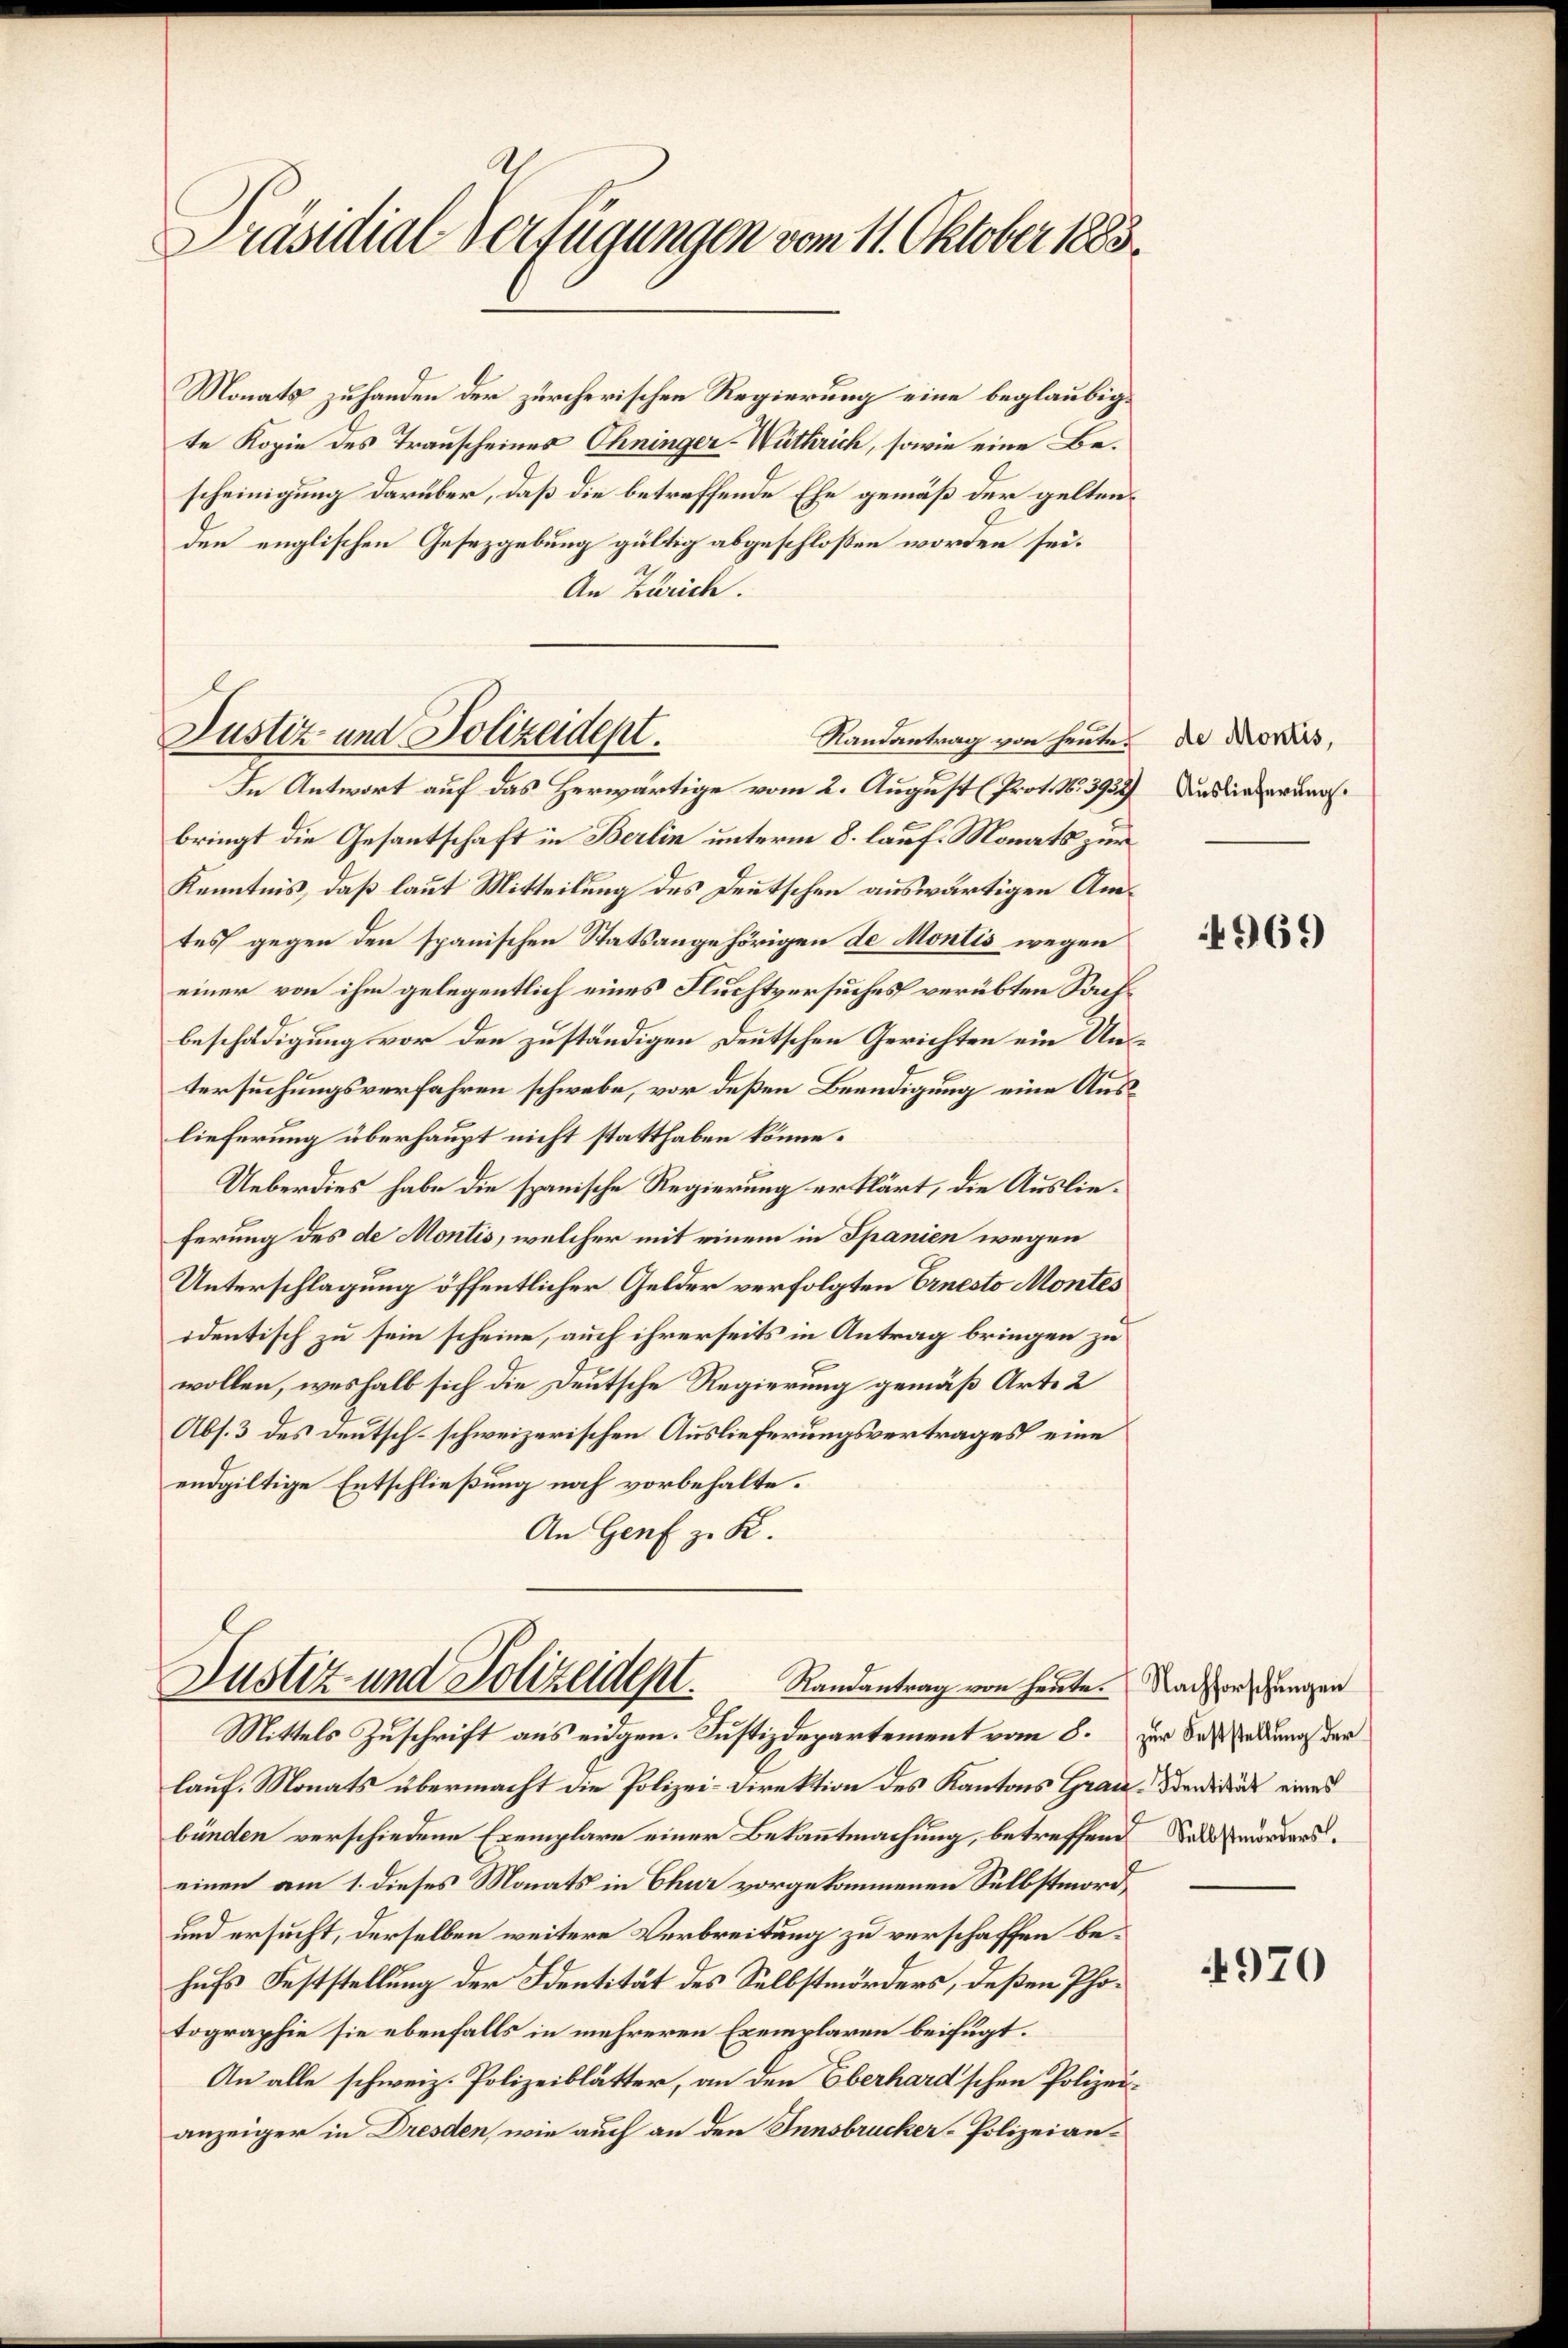
Präsidial-Verfügungen vom 11. Oktober 1883.

Monats zuhanden der zürcherischen Regierung eine beglaubig.
te Kopie des Trauscheines Ohninger-Wüthrich, sowie eine Bescheinigung darüber, daß die betreffende Ehe gemäß der geltenden englischen Gesetzgebung gültig abgeschloßen worden sei.
An Zürich.
Randantrag von heute. De Monis,
In Antwort auf das Herwärtige vom 2. August (Prot. No. 3932) Auslieferungsbringt die Gesantschaft in Berlin unterm 8. lauf. Monats zur
Kenntnis, daß laut Mitteilung des Deutschen auswärtigen Amtes gegen den spanischen Statsangehörigen de Montis wegen
einer von ihm gelegentlich eines Fluchtversuches verübten Sachbeschädigung vor den zuständigen Deutschen Gerichten ein Untersuchungsverfahren schwebe, vor deßen Beendigung eine Auslieferung überhaupt nicht statthaben könne.
Ueberdies habe die spanische Regierung erklärt, die Auslieferung des de Montis, welcher mit einem in Spanien wegen
Unterschlagung öffentlicher Gelder verfolgten Ernesto Montes
identisch zu sein scheine, auch ihrerseits in Antrag bringen zu
wollen, weshalb sich die Deutsche Regierung gemäß Art. 2
Abs. 3 des Deutsch-schweizerischen Auslieferungsvertrages eine
endgiltige Entschließung noch vorbehalte¬
An Genf z. K.

Justiz und Polizeidept.

Justiz und Polizeident.
Randantrag von heute. (Nachforschungen
Mittels Zuschrift aus eidgen. Justizdepartement vom 8. zur Sesserung der

lauf. Monats übermacht die Polizei-Direktion des Kantons Grau. Beide eines
bünden verschiedene Exemplare einer Bekanntmachung, betreffenes Todesmordenseinen am 1. dieses Monats in Chur vorgekommenen Selbstmord
und ersucht, derselben weitere Verbreitung zu verschaffen behufs Feststellung der Identität des Selbstmörders, deßen Photographie sie ebenfalls in mehreren Exemplaren beifügt.
An alle schweiz. Polizeiblätter, an den Eberhard'schen Polizeianzeiger in Dresden, wie auch an den Innsbrucker-Polizeian¬

4969

4970